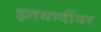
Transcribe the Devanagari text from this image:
इतयादींवर